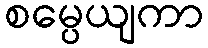
စမ္ပေယျကာ